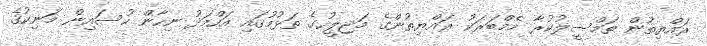
ރައްޔިތުން ތަމްސީލުކުރާ މެމްބަރަކު ރައްޔިތުންގެ މަޖިލީހުގެ ތަޅުމުގައި އަހްމަދު ނިހާން ހުސައިން މަނިކުގެ